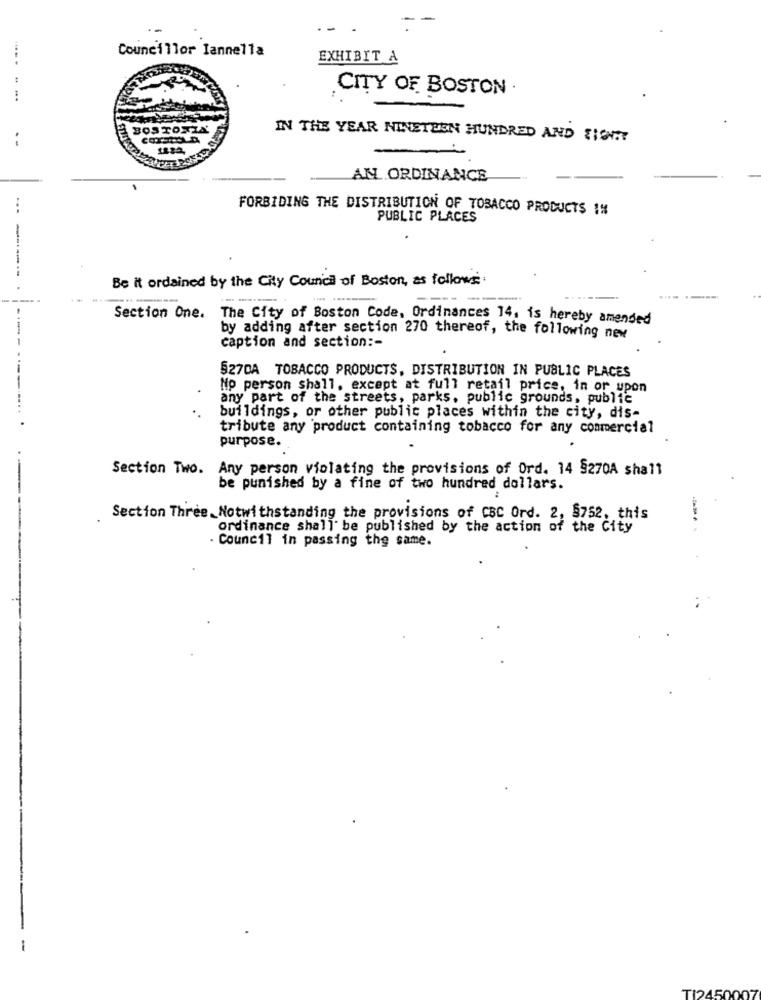
--
.-
Councillor Iannella
EXHIBIT A
CITY OF BOSTON .
--.
BOSTONIA'
- -
IN THE YEAR NINETEEN HUNDRED AND FIGHT
AN ORDINANCE
FORBIDING THE DISTRIBUTION OF TOBACCO PRODUCTS !!
PUBLIC PLACES
Be it ordained by the City Council of Boston, as follows.
------.. .
---
Section One. The City of Boston Code, Ordinances 14, is hereby amended
by adding after section 270 thereof, the following new
caption and section :-
§27DA TOBACCO PRODUCTS, DISTRIBUTION IN PUBLIC PLACES
No person shall, except at full retail price, in or upon
any part of the streets, parks, public grounds, public
buildings, or other public places within the city, dis-
tribute any 'product containing tobacco for any commercial
purpose.
Section Two. Any person violating the provisions of Ord. 14 9270A shall
be punished by a fine of two hundred dollars.
Section Three, Notwithstanding the provisions of CBC Ord. 2, 8752, this
ordinance shall be published by the action of the City
Council in passing the same.
TI2450